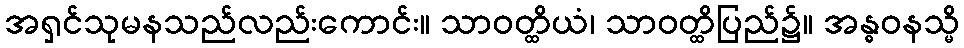
အရှင်သုမနသည်လည်းကောင်း။ သာဝတ္ထိယံ၊ သာဝတ္ထိပြည်၌။ အန္ဓဝနသ္မိ